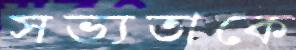
সভ্যতাকে